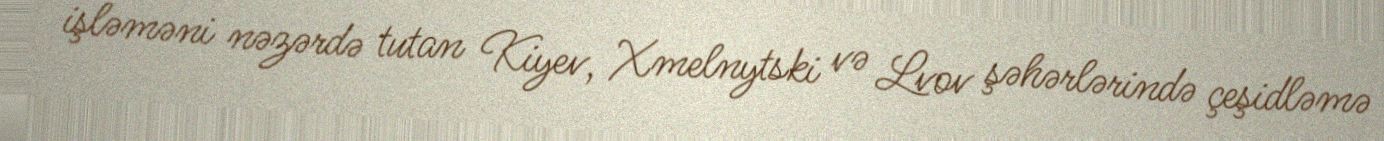
işləməni nəzərdə tutan Kiyev, Xmelnytski və Lvov şəhərlərində çeşidləmə